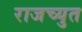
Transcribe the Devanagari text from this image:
राजच्युत